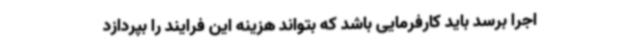
اجرا برسد باید کارفرمایی باشد که بتواند هزینه این فرایند را بپردازد